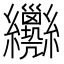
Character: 𦈄